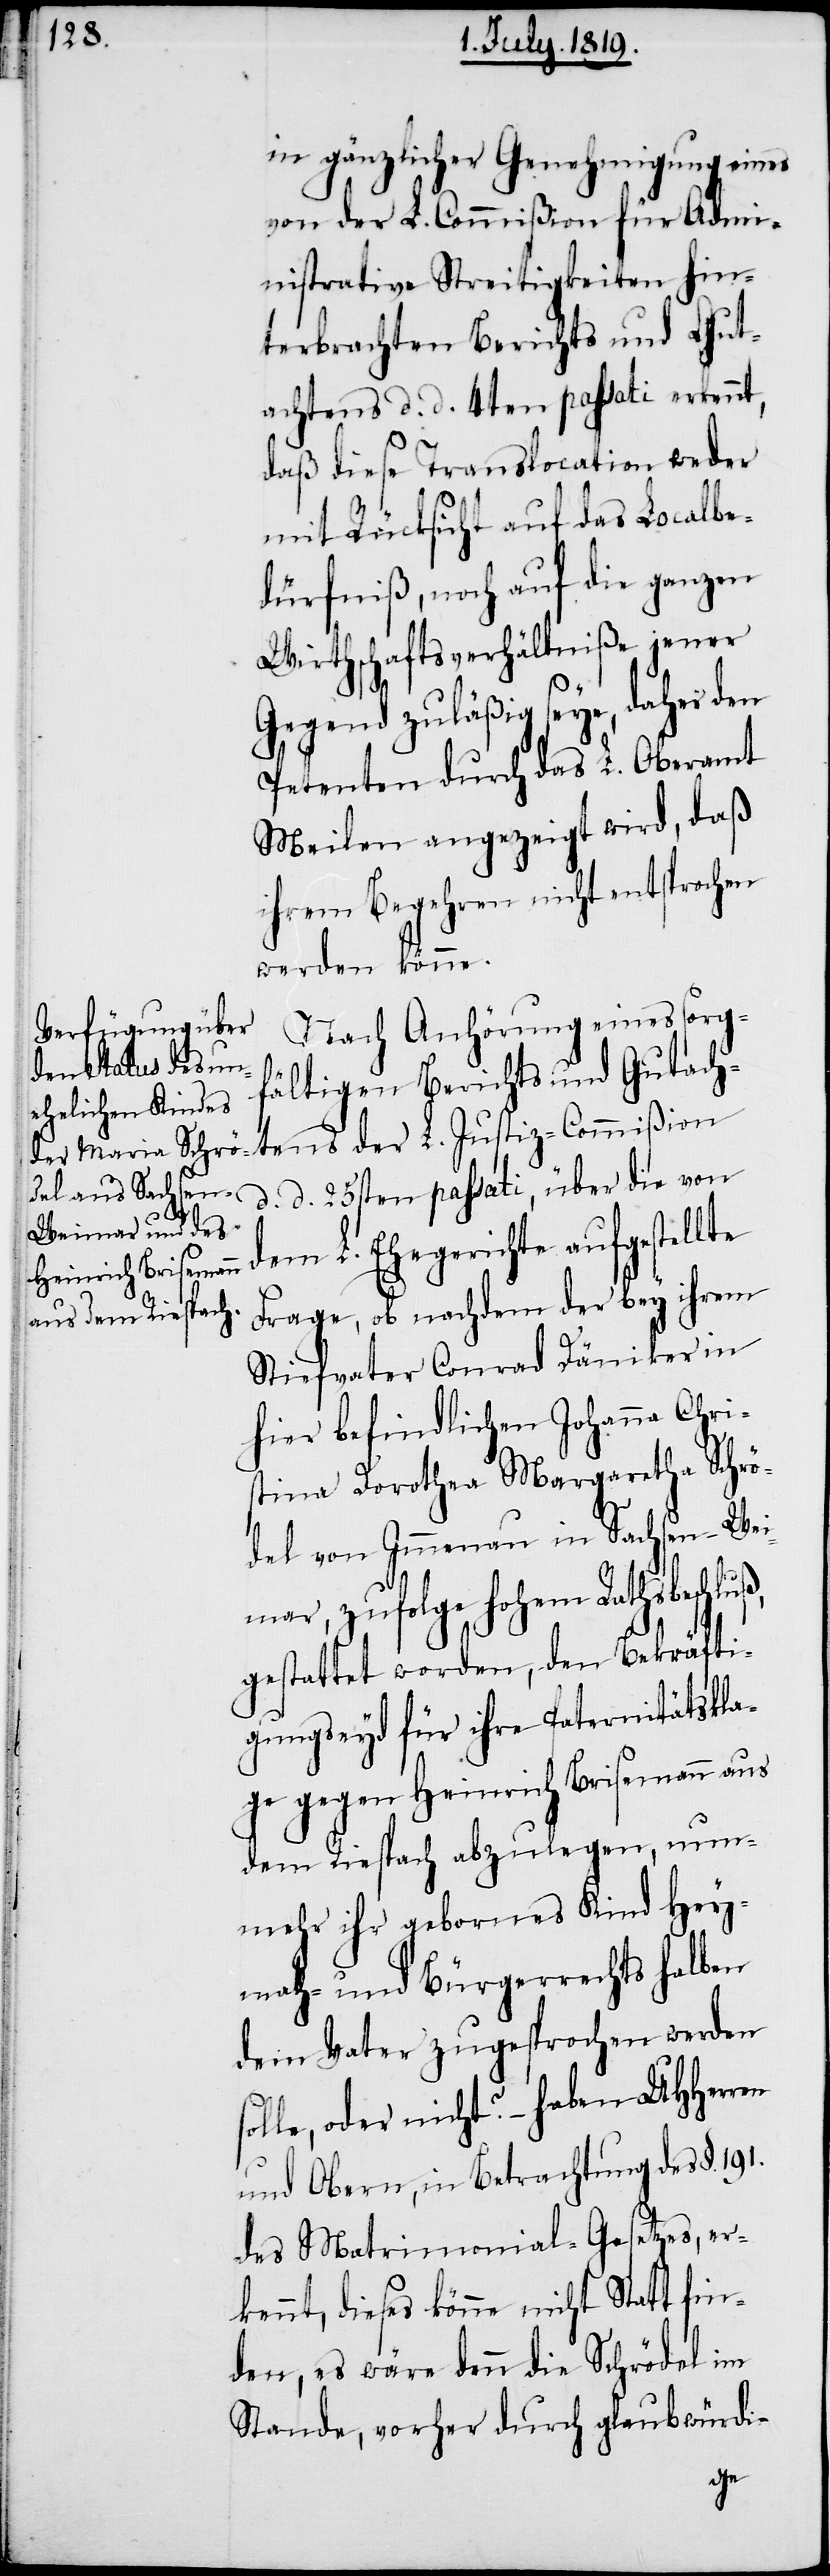
in gänzlicher Genehmigung eines
von der L. Commißion für Admi¬
nistrative Streitigkeiten hin¬
terbrachten Berichts und Gut¬
achtens d. d. 4ten passati erkennt,
daß diese Translocation weder
mit Rücksicht auf das Localbe¬
dürfniß, noch auf die ganzen
Wirthschaftsverhältniße jener
Gegend zuläßig seye, daher den
Petenten durch das L. Oberamt
Meilen angezeigt wird, daß
ihrem Begehren nicht entsprochen
werden könne.
Nach Anhörung eines sorg¬
fältigen Berichts und Gutacht¬
d. d. 25sten passati, über die von
dem L. Ehegerichte aufgestel¬
Frage, ob nachdem der bey ihrem
Stiefvater Conrad Däniker in
hier befindlichen Johanna Chri¬
stina Dorothea Margaretha Schör¬
del von Immenau in Sachsen-Wei¬
mar, zufolge hohem Rathsbeschluß,
gestattet worden, den Bekräfti¬
gungseyd für ihre Paternitätskla¬
ge gegen Heinrich Brisemann aus
dem Riespach abzulegen, nun¬
mehr ihr gebornes Kind Hey¬
math- und Bürgerrechts halben
dem Vater zugesprochen werden
solle, oder nicht? – haben UHHerren
und Obern, in Betrachtung des §.
des Matrimonial-Gesetzes, er¬
kennt, dieses könne nicht Statt fin¬
den, es wäre denn die Schrödel im
Stande, vorher durch glaubwürdi-
lte